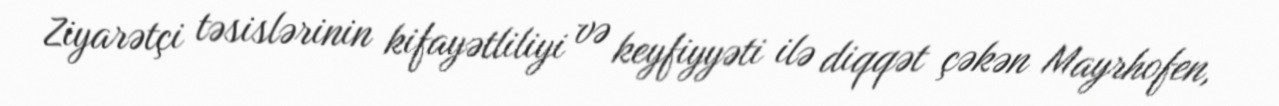
Ziyarətçi təsislərinin kifayətliliyi və keyfiyyəti ilə diqqət çəkən Mayrhofen,